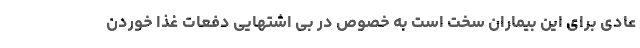
عادی برای این بیماران سخت است به خصوص در بی اشتهایی دفعات غذا خوردن